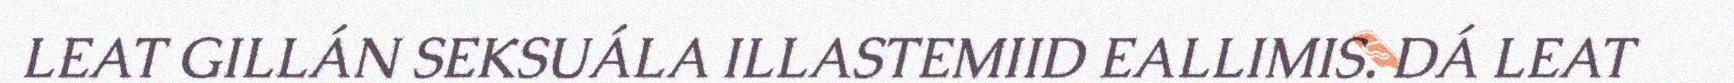
LEAT GILLÁN SEKSUÁLA ILLASTEMIID EALLIMIS. DÁ LEAT